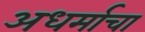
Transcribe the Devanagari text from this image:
अधर्माचा